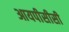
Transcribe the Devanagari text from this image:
आयपीसीसी